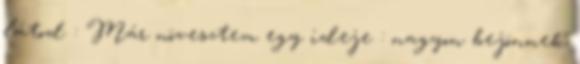
látod : Már növesztem egy ideje : nagyon bejönnek